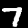
Label: 7